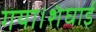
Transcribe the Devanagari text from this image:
गया।शंघाई